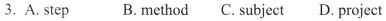
3. A. step B. method C. subject D. progject